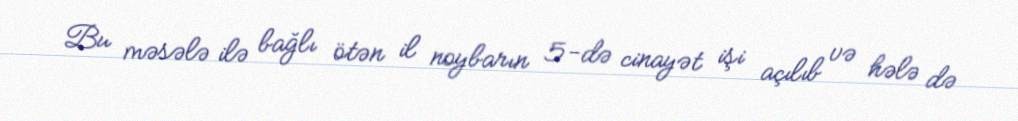
Bu məsələ ilə bağlı ötən il noybarın 5-də cinayət işi açılıb və hələ də